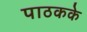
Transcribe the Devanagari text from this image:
पाठकके